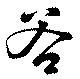
谷